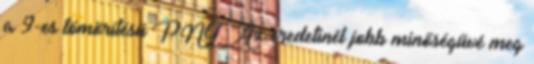
a 9-es tömörítésű PNG. Az eredetinél jobb minőségűvé meg